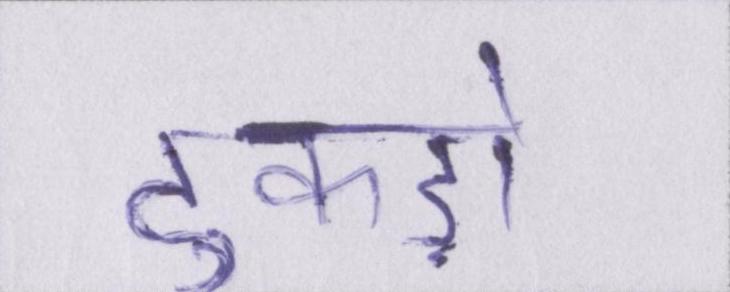
टुकड़ों